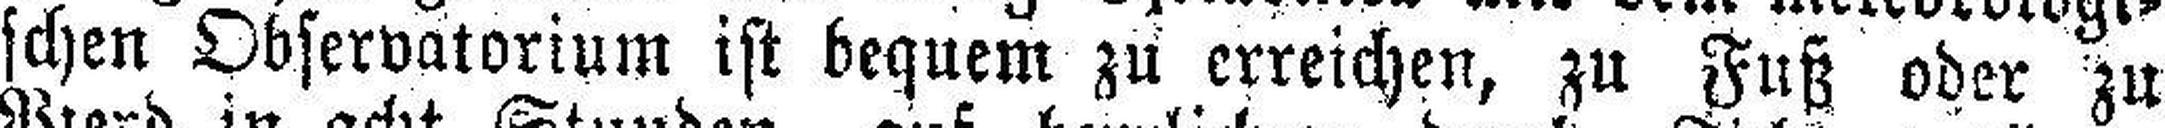
schen Observatorium ist bequem zu erreichen, zu Fuß oder zu